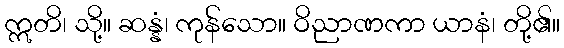
ဣတိ၊ သို့။ ဆန္နံ၊ ကုန်သော။ ဝိညာဏကာ ယာနံ၊ တို့၏။